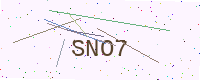
Text: SNO7